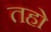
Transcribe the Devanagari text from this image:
तहो